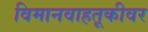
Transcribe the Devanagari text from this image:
विमानवाहतूकीवर